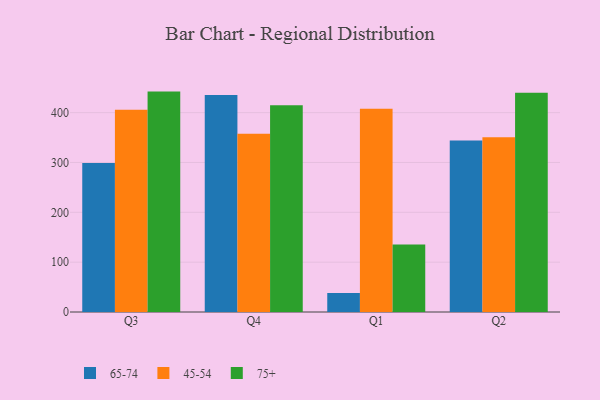
{"axis": {"x": "Quarter", "y": "Conversion Rate (%)"}, "legend": ["45-54", "65-74", "75+"], "data": [{"x": "Q3", "y": 298.9, "type": "65-74"}, {"x": "Q3", "y": 405.8, "type": "45-54"}, {"x": "Q3", "y": 442.2, "type": "75+"}, {"x": "Q4", "y": 435.5, "type": "65-74"}, {"x": "Q4", "y": 357.5, "type": "45-54"}, {"x": "Q4", "y": 414.6, "type": "75+"}, {"x": "Q1", "y": 38.0, "type": "65-74"}, {"x": "Q1", "y": 407.6, "type": "45-54"}, {"x": "Q1", "y": 135.3, "type": "75+"}, {"x": "Q2", "y": 344.3, "type": "65-74"}, {"x": "Q2", "y": 350.7, "type": "45-54"}, {"x": "Q2", "y": 439.8, "type": "75+"}]}